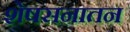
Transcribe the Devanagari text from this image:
शेषसनातन